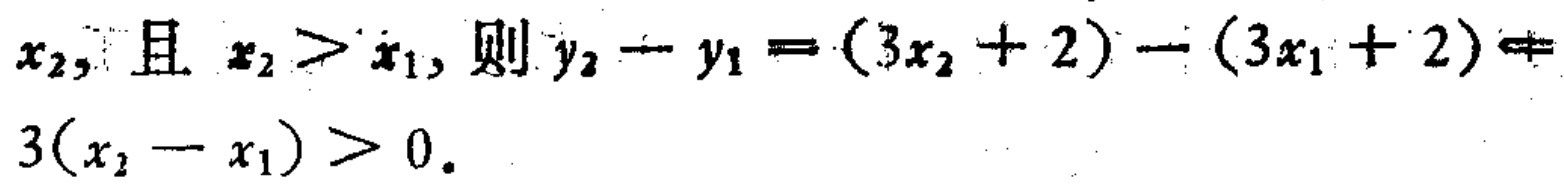
$x_{2}, 且\ x_{2}>x_{1}, 则\ y_{2}-y_{1}=(3x_{2}+2)-(3x_{1}+2)=3(x_{2}-x_{1})>0.$